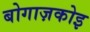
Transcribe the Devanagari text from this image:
बोगाज़कोइ